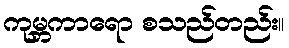
ကုမ္ဘကာရော စသည်တည်း။